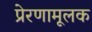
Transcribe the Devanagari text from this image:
प्रेरणामूलक